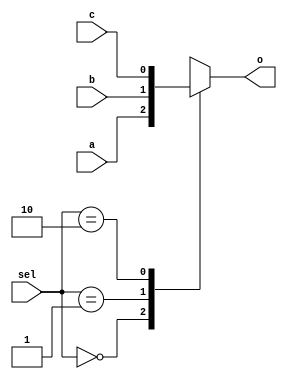

module mux3to1alwcase(input wire a,input wire b,input wire c,input wire[1:0] sel,output reg o);   // initialised the module and declared the inputs and outputs 

always @(*) // initialised always  
begin 
case (sel)   // using case in always to give output its value
2'b00 : o = a;
2'b01 : o = b;
2'b10 : o = c;
2'b11 : o = 1'bx;
endcase
end 
endmodule   //ending module